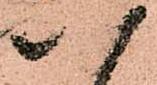
八